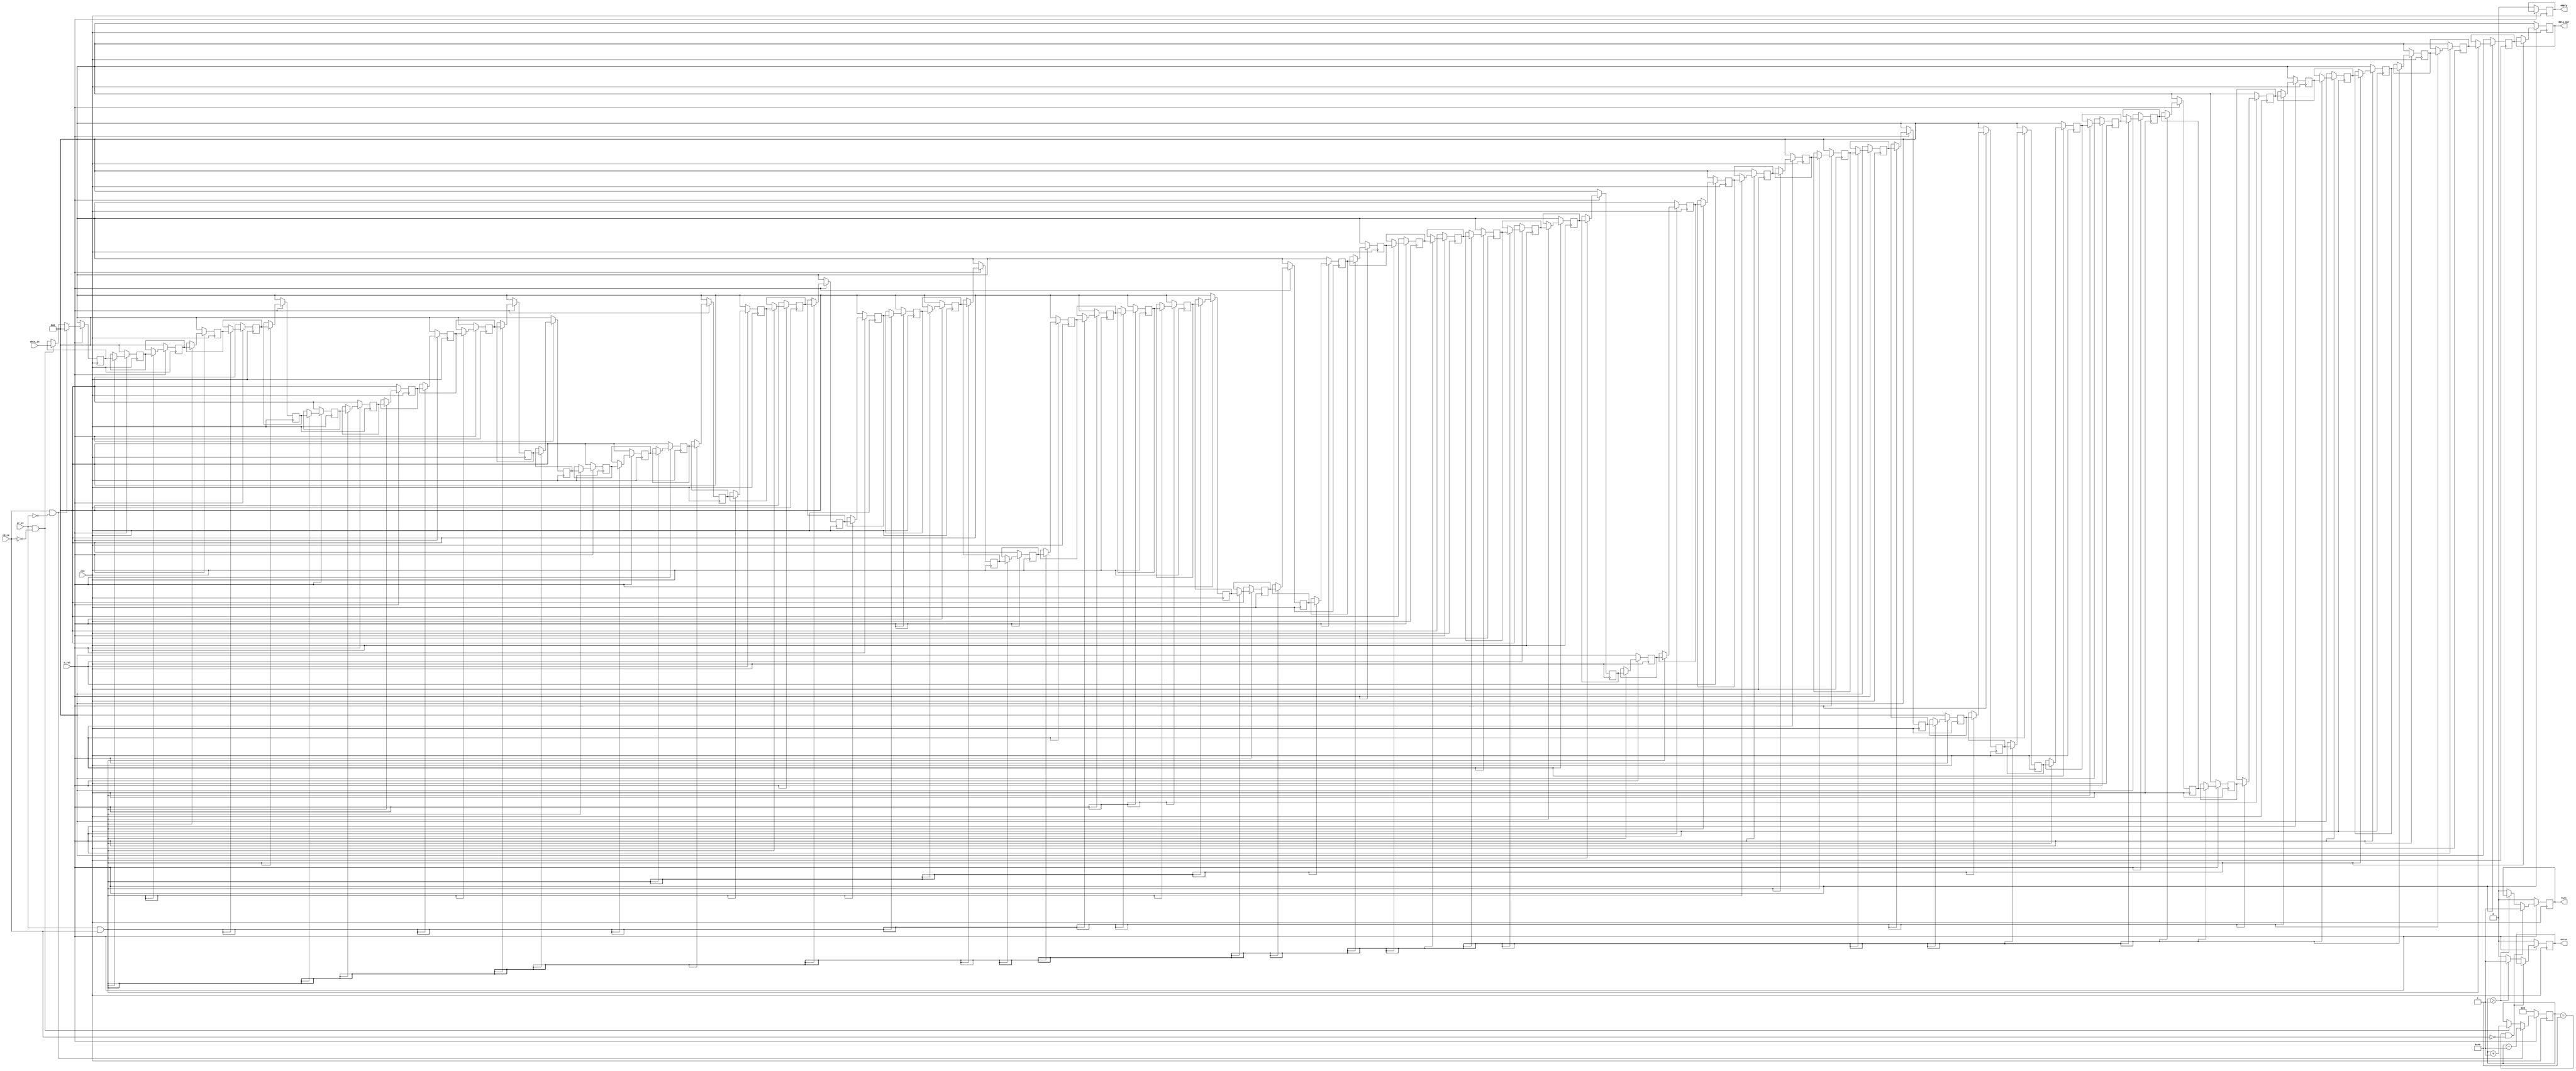
module fifo128_type4
#(
	parameter dwidth = 32
)
(
	//---Control signals
	input	clk, 
	input 	n_rst,
	input 	wr_ce,
	input 	rd_ce,
	//---Data in
	input	[dwidth-1:0]	data_in,
	//---Data out
	output	[dwidth-1:0]	data_out,
	//---Status signals
	output 	full,
	output 	empty,
	output	error
);
	
	//---FLIPFLOPs to store
	reg		[dwidth-1:0]	reg_file [63:0];
	
	reg 	full_reg, empty_reg, error_reg;
	reg		[6:0] count;

	//---Assign
	assign data_out = reg_file[0];
	assign full = full_reg;
	assign empty = empty_reg;
	assign error = error_reg;
	
	always @(posedge clk) begin
		if (!n_rst) begin
			// reset
			error_reg <= 1'b0;
			count <= 0;
			full_reg <= 1'b0;
			empty_reg <= 1'b0;
			reg_file[0] <= 32'b0;
			reg_file[1] <= 32'b0;
			reg_file[2] <= 32'b0;
			reg_file[3] <= 32'b0;
			reg_file[4] <= 32'b0;
			reg_file[5] <= 32'b0;
			reg_file[6] <= 32'b0;
			reg_file[7] <= 32'b0;
			reg_file[8] <= 32'b0;
			reg_file[9] <= 32'b0;
			reg_file[10] <= 32'b0;
			reg_file[11] <= 32'b0;
			reg_file[12] <= 32'b0;
			reg_file[13] <= 32'b0;
			reg_file[14] <= 32'b0;
			reg_file[15] <= 32'b0;
			reg_file[16] <= 32'b0;
			reg_file[17] <= 32'b0;
			reg_file[18] <= 32'b0;
			reg_file[19] <= 32'b0;
			reg_file[20] <= 32'b0;
			reg_file[21] <= 32'b0;
			reg_file[22] <= 32'b0;
			reg_file[23] <= 32'b0;
			reg_file[24] <= 32'b0;
			reg_file[25] <= 32'b0;
			reg_file[26] <= 32'b0;
			reg_file[27] <= 32'b0;
			reg_file[28] <= 32'b0;
			reg_file[29] <= 32'b0;
			reg_file[30] <= 32'b0;
			reg_file[31] <= 32'b0;
			reg_file[32] <= 32'b0;
			reg_file[33] <= 32'b0;
			reg_file[34] <= 32'b0;
			reg_file[35] <= 32'b0;
			reg_file[36] <= 32'b0;
			reg_file[37] <= 32'b0;
			reg_file[38] <= 32'b0;
			reg_file[39] <= 32'b0;
			reg_file[40] <= 32'b0;
			reg_file[41] <= 32'b0;
			reg_file[42] <= 32'b0;
			reg_file[43] <= 32'b0;
			reg_file[44] <= 32'b0;
			reg_file[45] <= 32'b0;
			reg_file[46] <= 32'b0;
			reg_file[47] <= 32'b0;
			reg_file[48] <= 32'b0;
			reg_file[49] <= 32'b0;
			reg_file[50] <= 32'b0;
			reg_file[51] <= 32'b0;
			reg_file[52] <= 32'b0;
			reg_file[53] <= 32'b0;
			reg_file[54] <= 32'b0;
			reg_file[55] <= 32'b0;
			reg_file[56] <= 32'b0;
			reg_file[57] <= 32'b0;
			reg_file[58] <= 32'b0;
			reg_file[59] <= 32'b0;
			reg_file[60] <= 32'b0;
			reg_file[61] <= 32'b0;
			reg_file[62] <= 32'b0;
			reg_file[63] <= 32'b0;
		end
		else begin
			if(count == 7'd64 && rd_ce == 0) full_reg <= 1'b1;
			else if (count > 7'd64) error_reg <= 1'b1;
			else begin
				full_reg <= 1'b0;
				error_reg <= 1'b0;
			end

			if (wr_ce && (!rd_ce)) begin
				reg_file[63] <= data_in;
				count <= count + 7'b1;
			end

			if (wr_ce || rd_ce) begin
				reg_file[62] <= reg_file[63];
				reg_file[61] <= reg_file[62];
				reg_file[60] <= reg_file[61];
				reg_file[59] <= reg_file[60];
				reg_file[58] <= reg_file[59];
				reg_file[57] <= reg_file[58];
				reg_file[56] <= reg_file[57];
				reg_file[55] <= reg_file[56];
				reg_file[54] <= reg_file[55];
				reg_file[53] <= reg_file[54];
				reg_file[52] <= reg_file[53];
				reg_file[51] <= reg_file[52];
				reg_file[50] <= reg_file[51];
				reg_file[49] <= reg_file[50];
				reg_file[48] <= reg_file[49];
				reg_file[47] <= reg_file[48];
				reg_file[46] <= reg_file[47];
				reg_file[45] <= reg_file[46];
				reg_file[44] <= reg_file[45];
				reg_file[43] <= reg_file[44];
				reg_file[42] <= reg_file[43];
				reg_file[41] <= reg_file[42];
				reg_file[40] <= reg_file[41];
				reg_file[39] <= reg_file[40];
				reg_file[38] <= reg_file[39];
				reg_file[37] <= reg_file[38];
				reg_file[36] <= reg_file[37];
				reg_file[35] <= reg_file[36];
				reg_file[34] <= reg_file[35];
				reg_file[33] <= reg_file[34];
				reg_file[32] <= reg_file[33];
				reg_file[31] <= reg_file[32];
				reg_file[30] <= reg_file[31];
				reg_file[29] <= reg_file[30];
				reg_file[28] <= reg_file[29];
				reg_file[27] <= reg_file[28];
				reg_file[26] <= reg_file[27];
				reg_file[25] <= reg_file[26];
				reg_file[24] <= reg_file[25];
				reg_file[23] <= reg_file[24];
				reg_file[22] <= reg_file[23];
				reg_file[21] <= reg_file[22];
				reg_file[20] <= reg_file[21];
				reg_file[19] <= reg_file[20];
				reg_file[18] <= reg_file[19];
				reg_file[17] <= reg_file[18];
				reg_file[16] <= reg_file[17];
				reg_file[15] <= reg_file[16];
				reg_file[14] <= reg_file[15];
				reg_file[13] <= reg_file[14];
				reg_file[12] <= reg_file[13];
				reg_file[11] <= reg_file[12];
				reg_file[10] <= reg_file[11];
				reg_file[9] <= reg_file[10];
				reg_file[8] <= reg_file[9];
				reg_file[7] <= reg_file[8];
				reg_file[6] <= reg_file[7];
				reg_file[5] <= reg_file[6];
				reg_file[4] <= reg_file[5];
				reg_file[3] <= reg_file[4];
				reg_file[2] <= reg_file[3];
				reg_file[1] <= reg_file[2];
				reg_file[0] <= reg_file[1];
			end
			if(rd_ce && (!wr_ce)) begin
				reg_file[63] <= {32{1'b0}};
				count <= count - 7'b1;
			end
		end
	end


endmodule